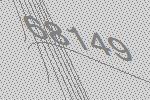
68149